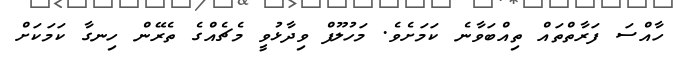
ހާއްސަ ފަރާތްތައް ތިއްބަވާނެ ކަމަށެވެ. މަހުލޫފް ވިދާޅުވީ މެޗެއްގެ ތެރޭން ހިނގާ ކަމަކަށް